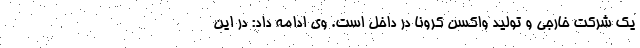
یک شرکت خارجی و تولید واکسن کرونا در داخل است. وی ادامه داد: در این